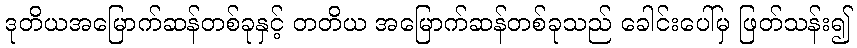
ဒုတိယအမြောက်ဆန်တစ်ခုနှင့် တတိယ အမြောက်ဆန်တစ်ခုသည် ခေါင်းပေါ်မှ ဖြတ်သန်း၍